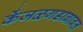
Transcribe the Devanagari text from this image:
केंजळगडाबाबत